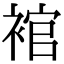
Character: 䘾